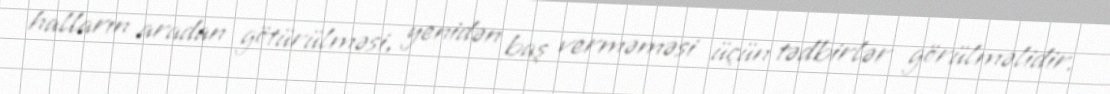
halların aradan götürülməsi, yenidən baş verməməsi üçün tədbirlər görülməlidir.